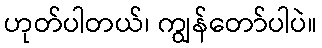
ဟုတ်ပါတယ်၊ ကျွန်တော်ပါပဲ။